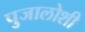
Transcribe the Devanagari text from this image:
पुजालोशी